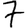
Digit: 7